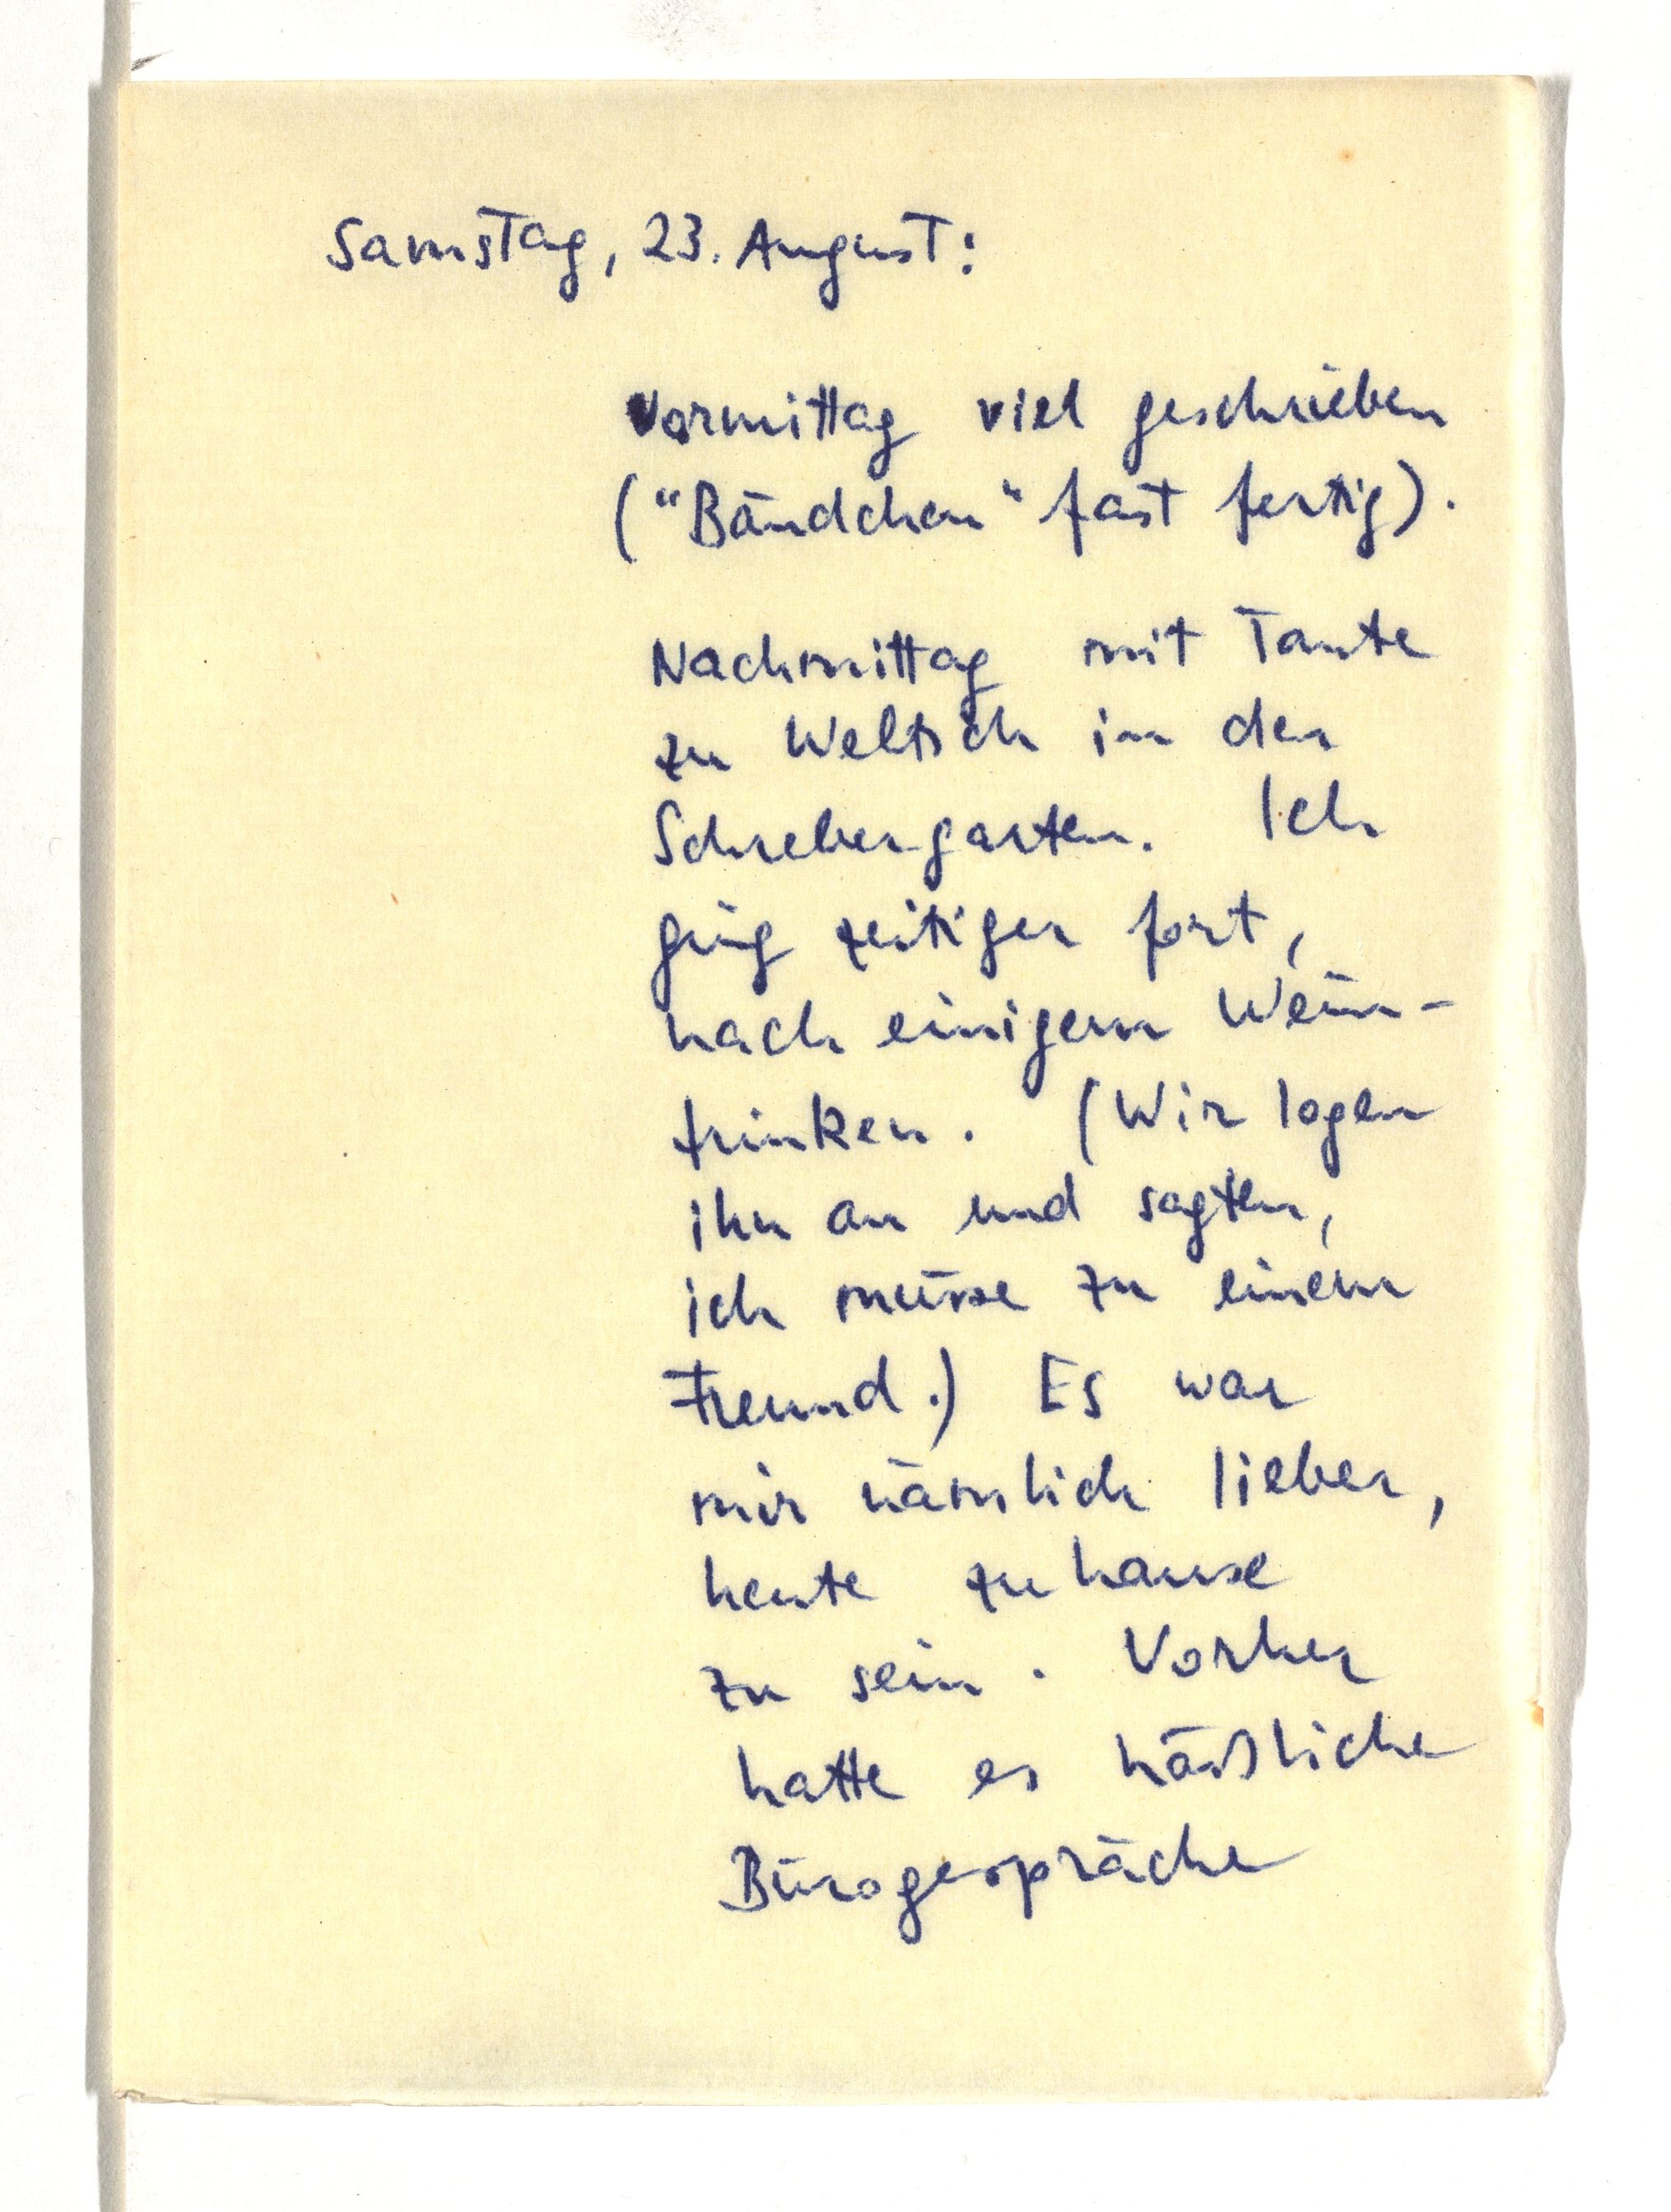
Samstag, 23. August:
Vormittag viel geschrieben
("Bändchen" fast fertig).
Nachmittag mit Tante
zu Weltsch in den
Schrebergarten. Ich
ging zeitiger fort,
nach einigem Wein¬
trinken. (Wir logen
ihn an und sagten,
ich müsse zu einem
Freund.) Es war
mir nämlich lieber,
heute zu hanse
zu sein. Vorher
hatte es häßliche
Bürogespräche